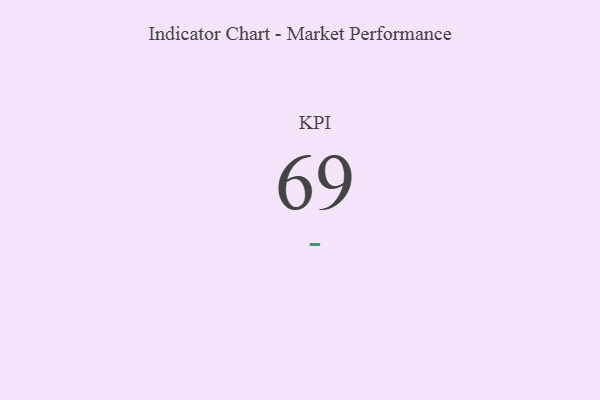
{"axis": {"x": "KPI", "y": "Value"}, "legend": [""], "data": [{"x": "KPI", "y": 69, "type": ""}]}